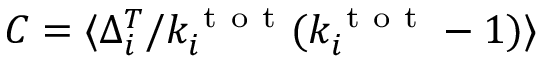
C = \langle \Delta _ { i } ^ { T } / k _ { i } ^ { \mathrm { ~ t ~ o ~ t ~ } } ( k _ { i } ^ { \mathrm { ~ t ~ o ~ t ~ } } - 1 ) \rangle